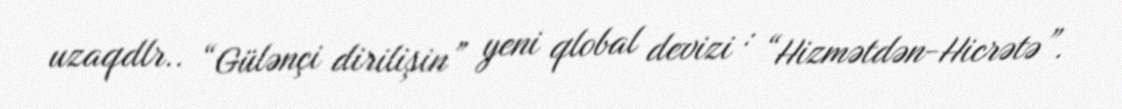
uzaqdlr.. “Gülənçi dirilişin” yeni qlobal devizi : “Hizmətdən-Hicrətə”.